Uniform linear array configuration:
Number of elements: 12
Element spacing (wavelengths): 0.75
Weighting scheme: blackman
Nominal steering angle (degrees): -15
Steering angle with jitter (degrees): -13.02
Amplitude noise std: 0.05
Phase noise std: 0.05

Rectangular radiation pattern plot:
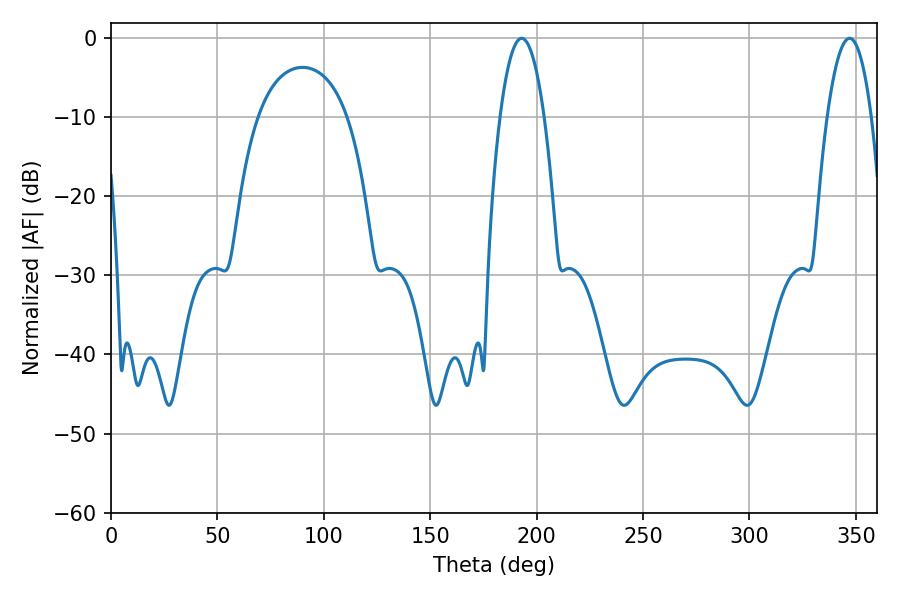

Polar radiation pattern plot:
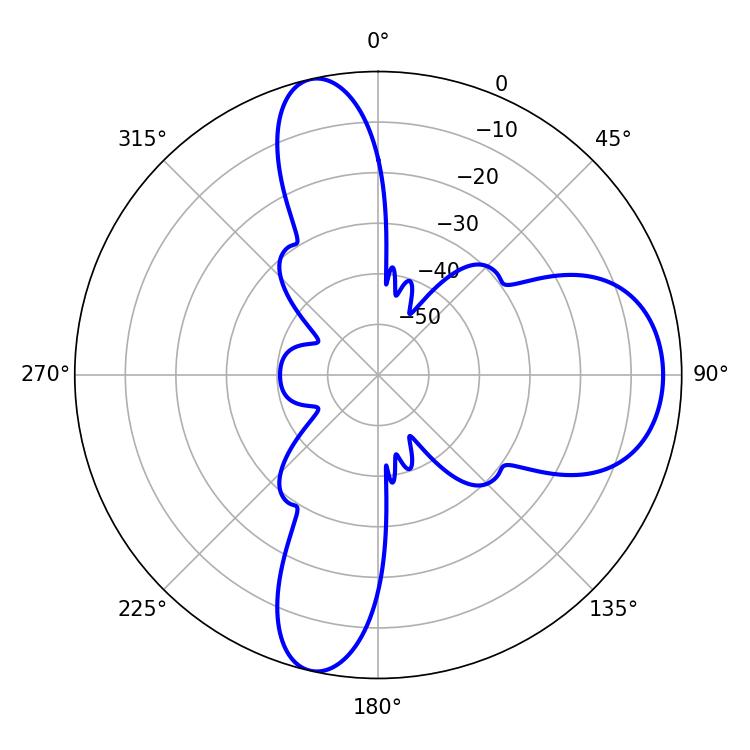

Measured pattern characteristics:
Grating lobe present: TRUE
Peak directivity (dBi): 11.797
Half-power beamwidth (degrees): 11.52
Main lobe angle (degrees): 347.04